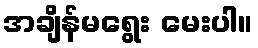
အချိန်မရွေး မေးပါ။